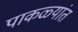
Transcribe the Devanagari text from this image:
पाकळ्यांत